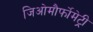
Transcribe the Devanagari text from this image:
जिओमौर्फोमेट्री